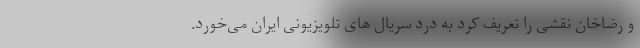
و رضاخان نقشی را تعریف کرد به درد سریال های تلویزیونی ایران می‌خورد.